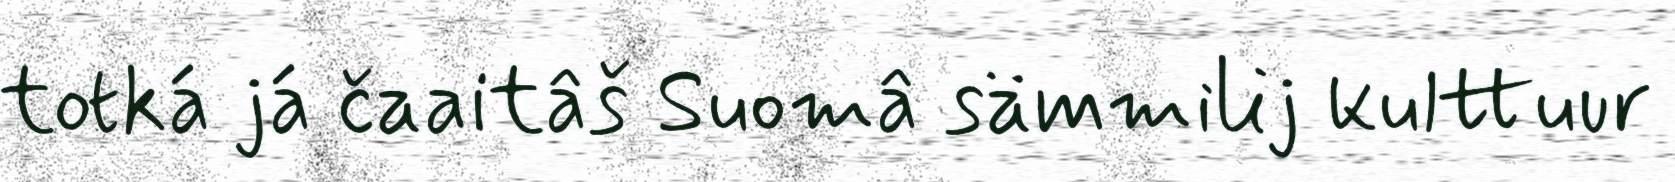
totká já čaaitâš Suomâ sämmilij kulttuur